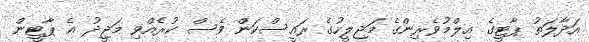
އަދާލަތު ޕާޓީގެ އިލްމުވެރިންގެ މަޖިލީހުގެ ރައީސްކަން ވެސް ކުރެއްވި މަޖީދު އެ ޕާޓީން